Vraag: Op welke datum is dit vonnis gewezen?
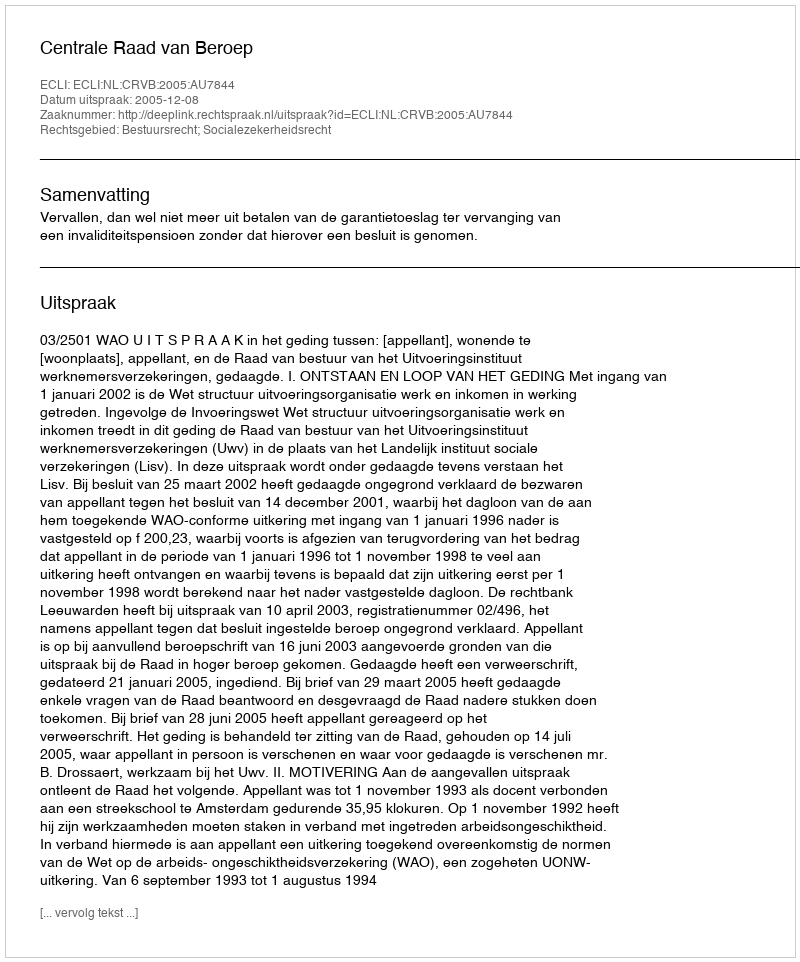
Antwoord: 2005-12-08